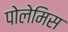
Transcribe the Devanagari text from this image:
पोलेमिस